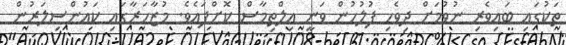
ތަކުގައި ބައިވެރި ނުވުމަށް ދިވެހި ފުލުހުން ވަނީ އިލްތިމާސް ކޮށްފައެވެ. މުޒާހަރާގައި ކައުންސިލަރުން